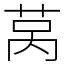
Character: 莴